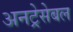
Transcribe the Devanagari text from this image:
अनट्रेसेबल